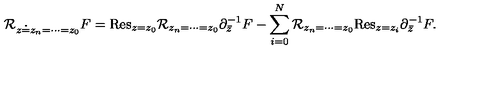
{ \cal R } _ { z \doteq z _ { n } = \cdots = z _ { 0 } } F = \mathrm { R e s } _ { z = z _ { 0 } } { \cal R } _ { z _ { n } = \cdots = z _ { 0 } } \partial _ { \bar { z } } ^ { - 1 } F - \sum _ { i = 0 } ^ { N } { \cal R } _ { z _ { n } = \cdots = z _ { 0 } } \mathrm { R e s } _ { z = z _ { i } } \partial _ { \bar { z } } ^ { - 1 } F .